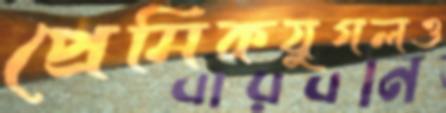
প্রেমিকযুগলও